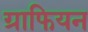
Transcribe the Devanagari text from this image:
ग्राफियन